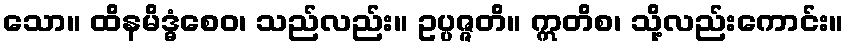
သော။ ထိနမိဒ္ဓံစေဝ၊ သည်လည်း။ ဥပ္ပဇ္ဇတိ။ ဣတိစ၊ သို့လည်းကောင်း။